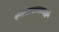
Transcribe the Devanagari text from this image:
रंजकशलाकाएँ